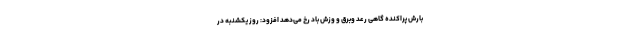
بارش پراکنده گاهی رعد وبرق و وزش باد رخ می‌دهد افزود: روز یکشنبه در